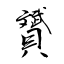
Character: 贇